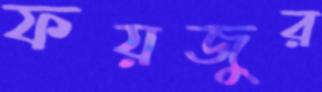
ফয়জুর